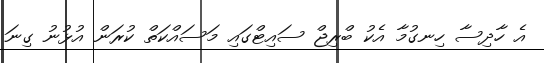
އެ ހާދިސާ ހިނގުމާ އެކު ބްރިޖް ސައިޓްގައި މަސައްކަތް ކުރަން އުޅުނު ގިނަ